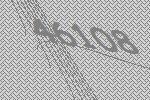
46108